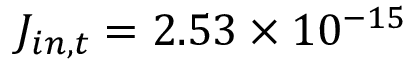
J _ { i n , t } = 2 . 5 3 \times 1 0 ^ { - 1 5 }